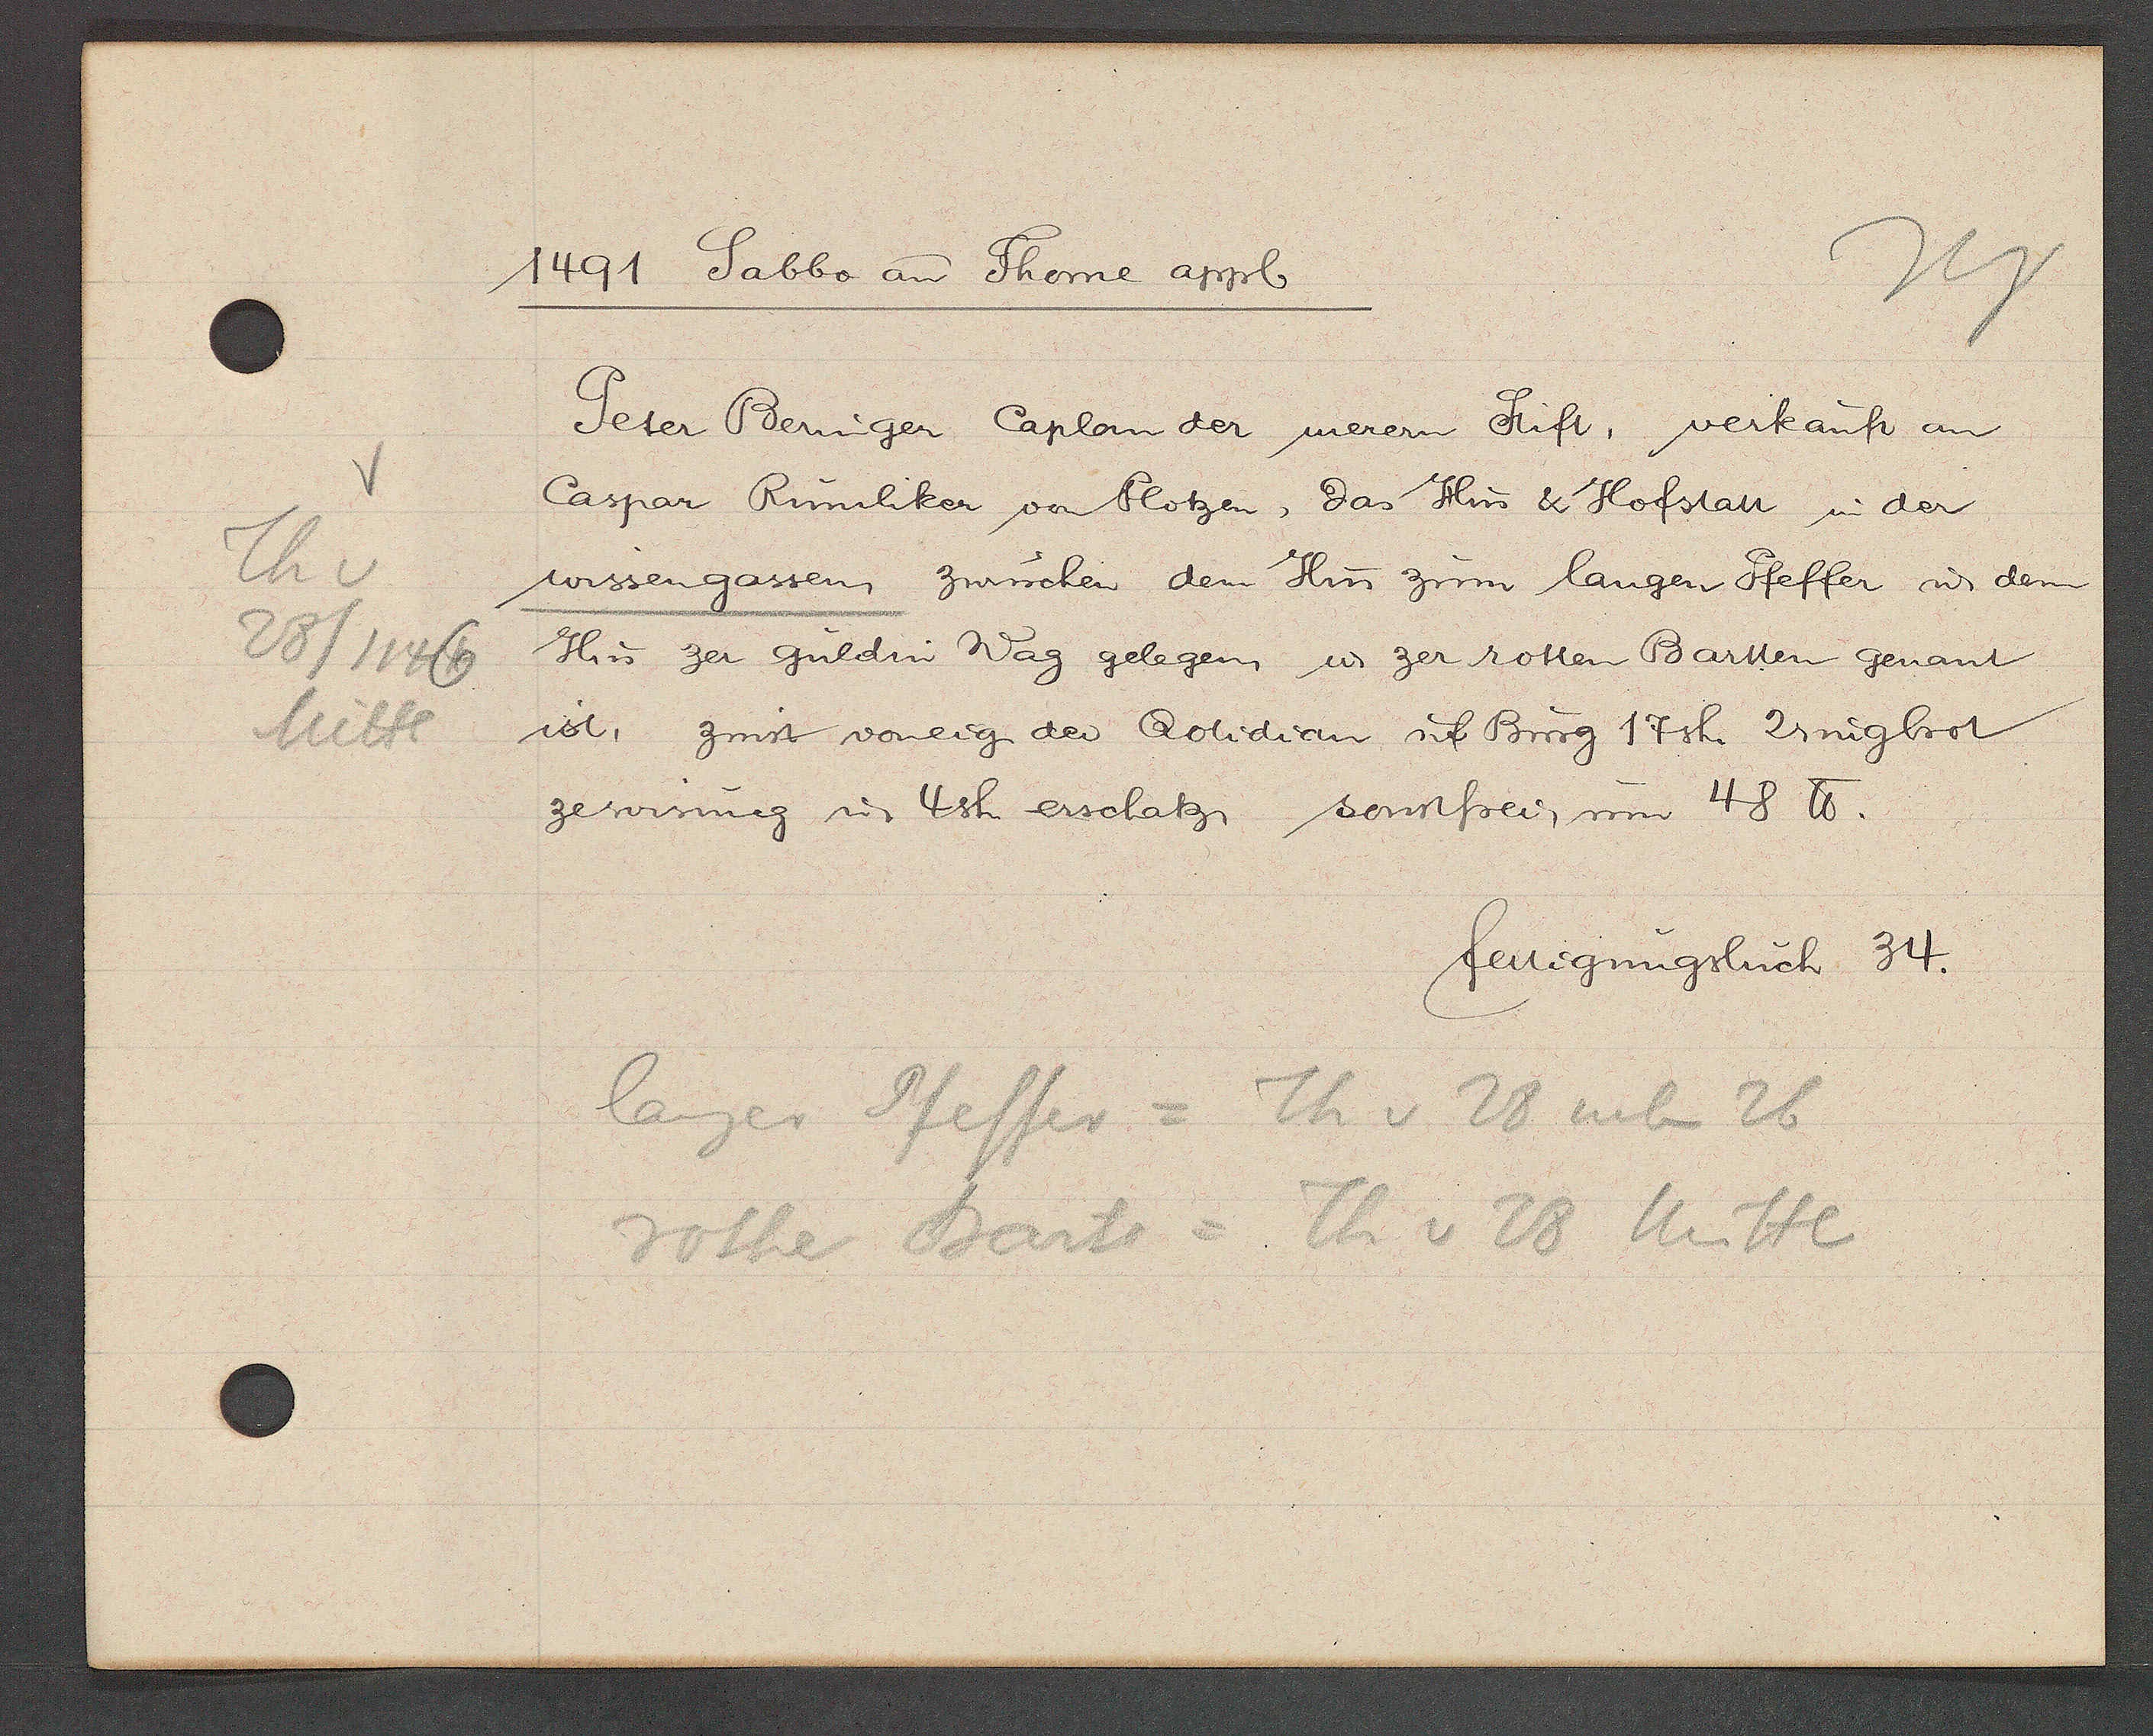
Transcript:
Th v
28/1146
Mitte

1491 Sabbo an Thome appl

Peter Beringer Caplan der merem Stift, verkauft an
Caspar Rümliker von Plotzen, das Hus & Hofstatt in der
wissengassen, zwuschen dem Hus zum langen Pfeffer u dem
Hus zer guldin Wag gelegen u zer rotten Bartten genant
ist, zinst voneig. der Qotidian uf Burg 17 sh. 2 ringbrot
zewisung u 4sh. erschatz, sonstfrei, um 48 ℔.

fertigungsbuch 34.

langer Pfeffer = Th v 28 neben 26
rothe Barts = Th v 28 Mitte